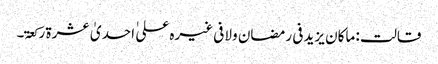
قالت : ماکان یزید فی رمضان ولا فی غیرہ علی ٰ احدیٰ عشرۃ رکعۃ۔